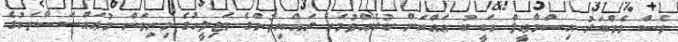
ވެސް މެމްބަރު އިސްމާޢީލް ހަބީބު ޢައްޔަން ކުރެއްވުމަށް ރައްޔިތުންގެ މަޖިލީހުގެ މިނިވަން މުޢައްސަސާތަކުގެ